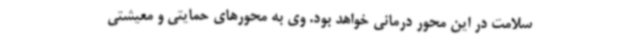
سلامت در این محور درمانی خواهد بود. وی به محورهای حمایتی و معیشتی